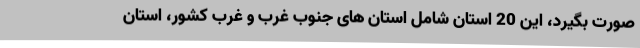
صورت بگیرد، این 20 استان شامل استان های جنوب غرب و غرب کشور، استان